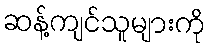
ဆန့်ကျင်သူများကို